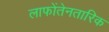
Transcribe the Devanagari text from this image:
लाफोंतेनतारिक